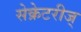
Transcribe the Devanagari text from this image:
सेक्रेटरीज्